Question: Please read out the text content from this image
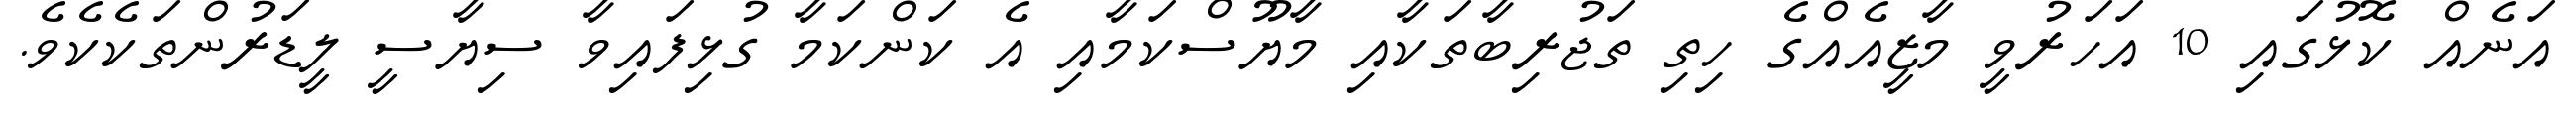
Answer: އަނެއް ކޮޅުގައި 10 އަހަރުވީ މާޒީއެއްގެ ހިތި ތަޖުރިބާތަކާއި މާޔޫސްކަމާއި އެ ކަންކަމާ ގުޅިފައިވާ ސިޔާސީ ލީޑަރުންތަކެކެވެ.